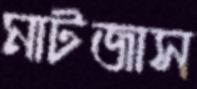
মাটজাস